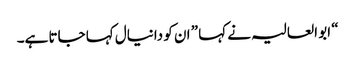
“ ابو العالیہ نے کہا ” ان کو دانیال کہا جاتا ہے۔